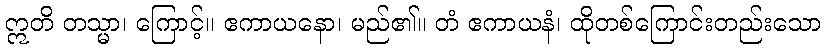
ဣတိ တသ္မာ၊ ကြောင့်။ ဧကာယနော၊ မည်၏။ တံ ဧကာယနံ၊ ထိုတစ်ကြောင်းတည်းသော